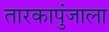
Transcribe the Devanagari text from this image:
तारकापुंजाला